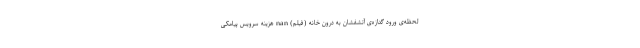
لحظه‌ی ورود گدازه‌ی آتشفشان به درون خانه (فیلم) nan هزینه سرویس پیامکی